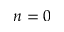
n = 0